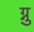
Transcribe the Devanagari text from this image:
ग्नु